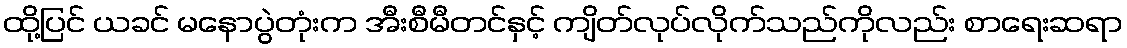
ထို့ပြင် ယခင် မနောပွဲတုံးက အီးစီမီတင်နှင့် ကျိတ်လုပ်လိုက်သည်ကိုလည်း စာရေးဆရာ